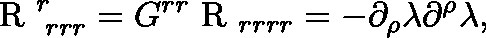
\mathrm { \boldmath { ~ R ~ } } _ { \, \, r r r } ^ { r } = G ^ { r r } \mathrm { \boldmath { ~ R ~ } } _ { r r r r } = - \partial _ { \rho } \lambda \partial ^ { \rho } \lambda ,